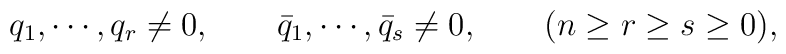
q_1, \cdots, q_r \neq 0, \qquad \bar{q}_1, \cdots, \bar{q}_s \neq 0,\qquad (n \geq r \geq s \geq 0),